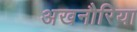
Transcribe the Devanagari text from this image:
अखनौरिया